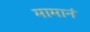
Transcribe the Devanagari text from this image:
मामानं